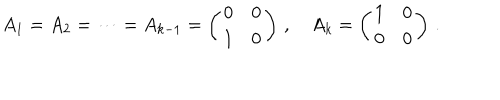
A _ { 1 } = A _ { 2 } = \cdots = A _ { k - 1 } = \left( \begin{array} { c c } { { 0 } } & { { 0 } } \\ { { 1 } } & { { 0 } } \\ \end{array} \right) \, , \quad A _ { k } = \left( \begin{array} { c c } { { 1 } } & { { 0 } } \\ { { 0 } } & { { 0 } } \\ \end{array} \right) \, .